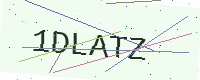
Text: 1DLATZ